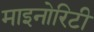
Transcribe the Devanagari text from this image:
माइनोरिटी